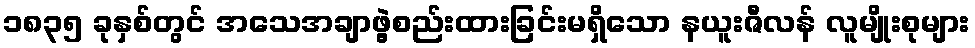
၁၈၃၅ ခုနှစ်တွင် အသေအချာဖွဲ့စည်းထားခြင်းမရှိသော နယူးဇီလန် လူမျိုးစုများ